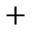
+